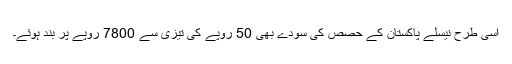
اسی طرح نیسلے پاکستان کے حصص کی سودے بھی 50 روپے کی تیزی سے 7800 روپے پر بند ہوئے۔